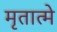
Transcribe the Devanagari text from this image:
मृतात्मे